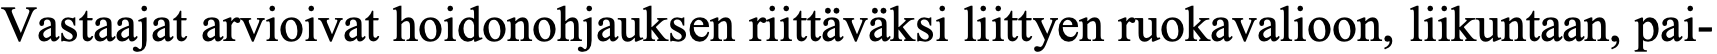
Vastaajat arvioivat hoidonohjauksen riittäväksi liittyen ruokavalioon, liikuntaan, pai-